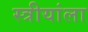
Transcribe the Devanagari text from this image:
स्त्रीयांला